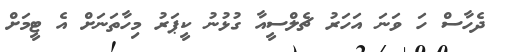
ދެހާސް ހަ ވަނަ އަހަރު ޗެލްސީއާ ގުޅުނު ކީޕަރު މިހާތަނަށް އެ ޓީމަށް